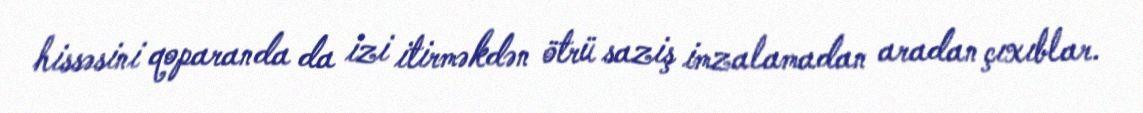
hissəsini qoparanda da izi itirməkdən ötrü saziş imzalamadan aradan çıxıblar.